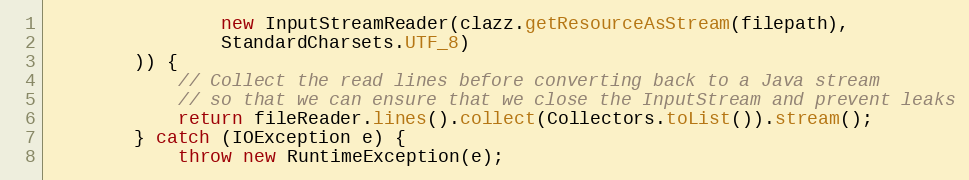
Language: Java
                new InputStreamReader(clazz.getResourceAsStream(filepath),
                StandardCharsets.UTF_8)
        )) {
            // Collect the read lines before converting back to a Java stream
            // so that we can ensure that we close the InputStream and prevent leaks
            return fileReader.lines().collect(Collectors.toList()).stream();
        } catch (IOException e) {
            throw new RuntimeException(e);